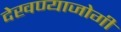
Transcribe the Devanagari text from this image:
देखण्याजोगी